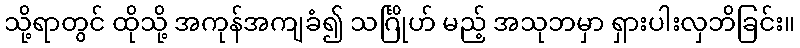
သို့ရာတွင် ထိုသို့ အကုန်အကျခံ၍ သင်္ဂြိုဟ် မည့် အသုဘမှာ ရှားပါးလှဘိခြင်း။